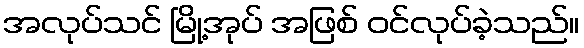
အလုပ်သင် မြို့အုပ် အဖြစ် ဝင်လုပ်ခဲ့သည်။